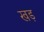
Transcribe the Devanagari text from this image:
खड़